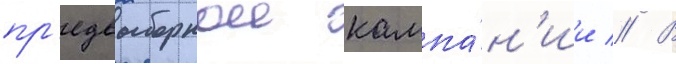
пр'едвыборнои кампа́н'ии // В